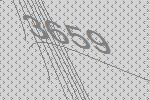
3659